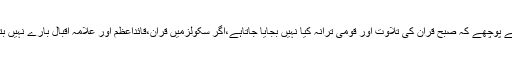
علی محمد خان نے کہاکہ پیرا پرائیوٹ سکولز سے پوچھے کہ صبح قران کی تلاوت اور قومی ترانہ کیا نہیں بجایا جاتاہے،اگر سکولزمیں قران،قائداعظم اور علامہ اقبال بارے نہیں بتایا جائے تووہ منشیات کے طرف راغب ہونگے۔